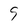
Character: 9